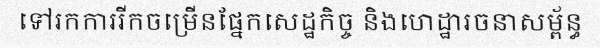
ទៅរកការរីកចម្រើនផ្នែកសេដ្ឋកិច្ច និងហេដ្ឋារចនាសម្ព័ន្ធ